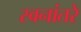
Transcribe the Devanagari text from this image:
स्वनांतरे